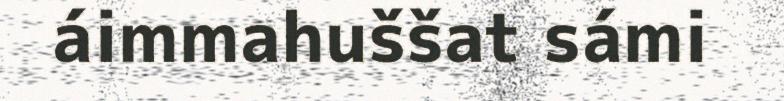
áimmahuššat sámi